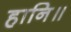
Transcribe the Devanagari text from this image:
हानि॥